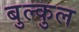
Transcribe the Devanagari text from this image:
बुल्कुल